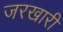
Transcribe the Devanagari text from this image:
जरखारी